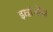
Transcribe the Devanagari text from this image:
इवांन्सेंस